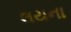
લયના